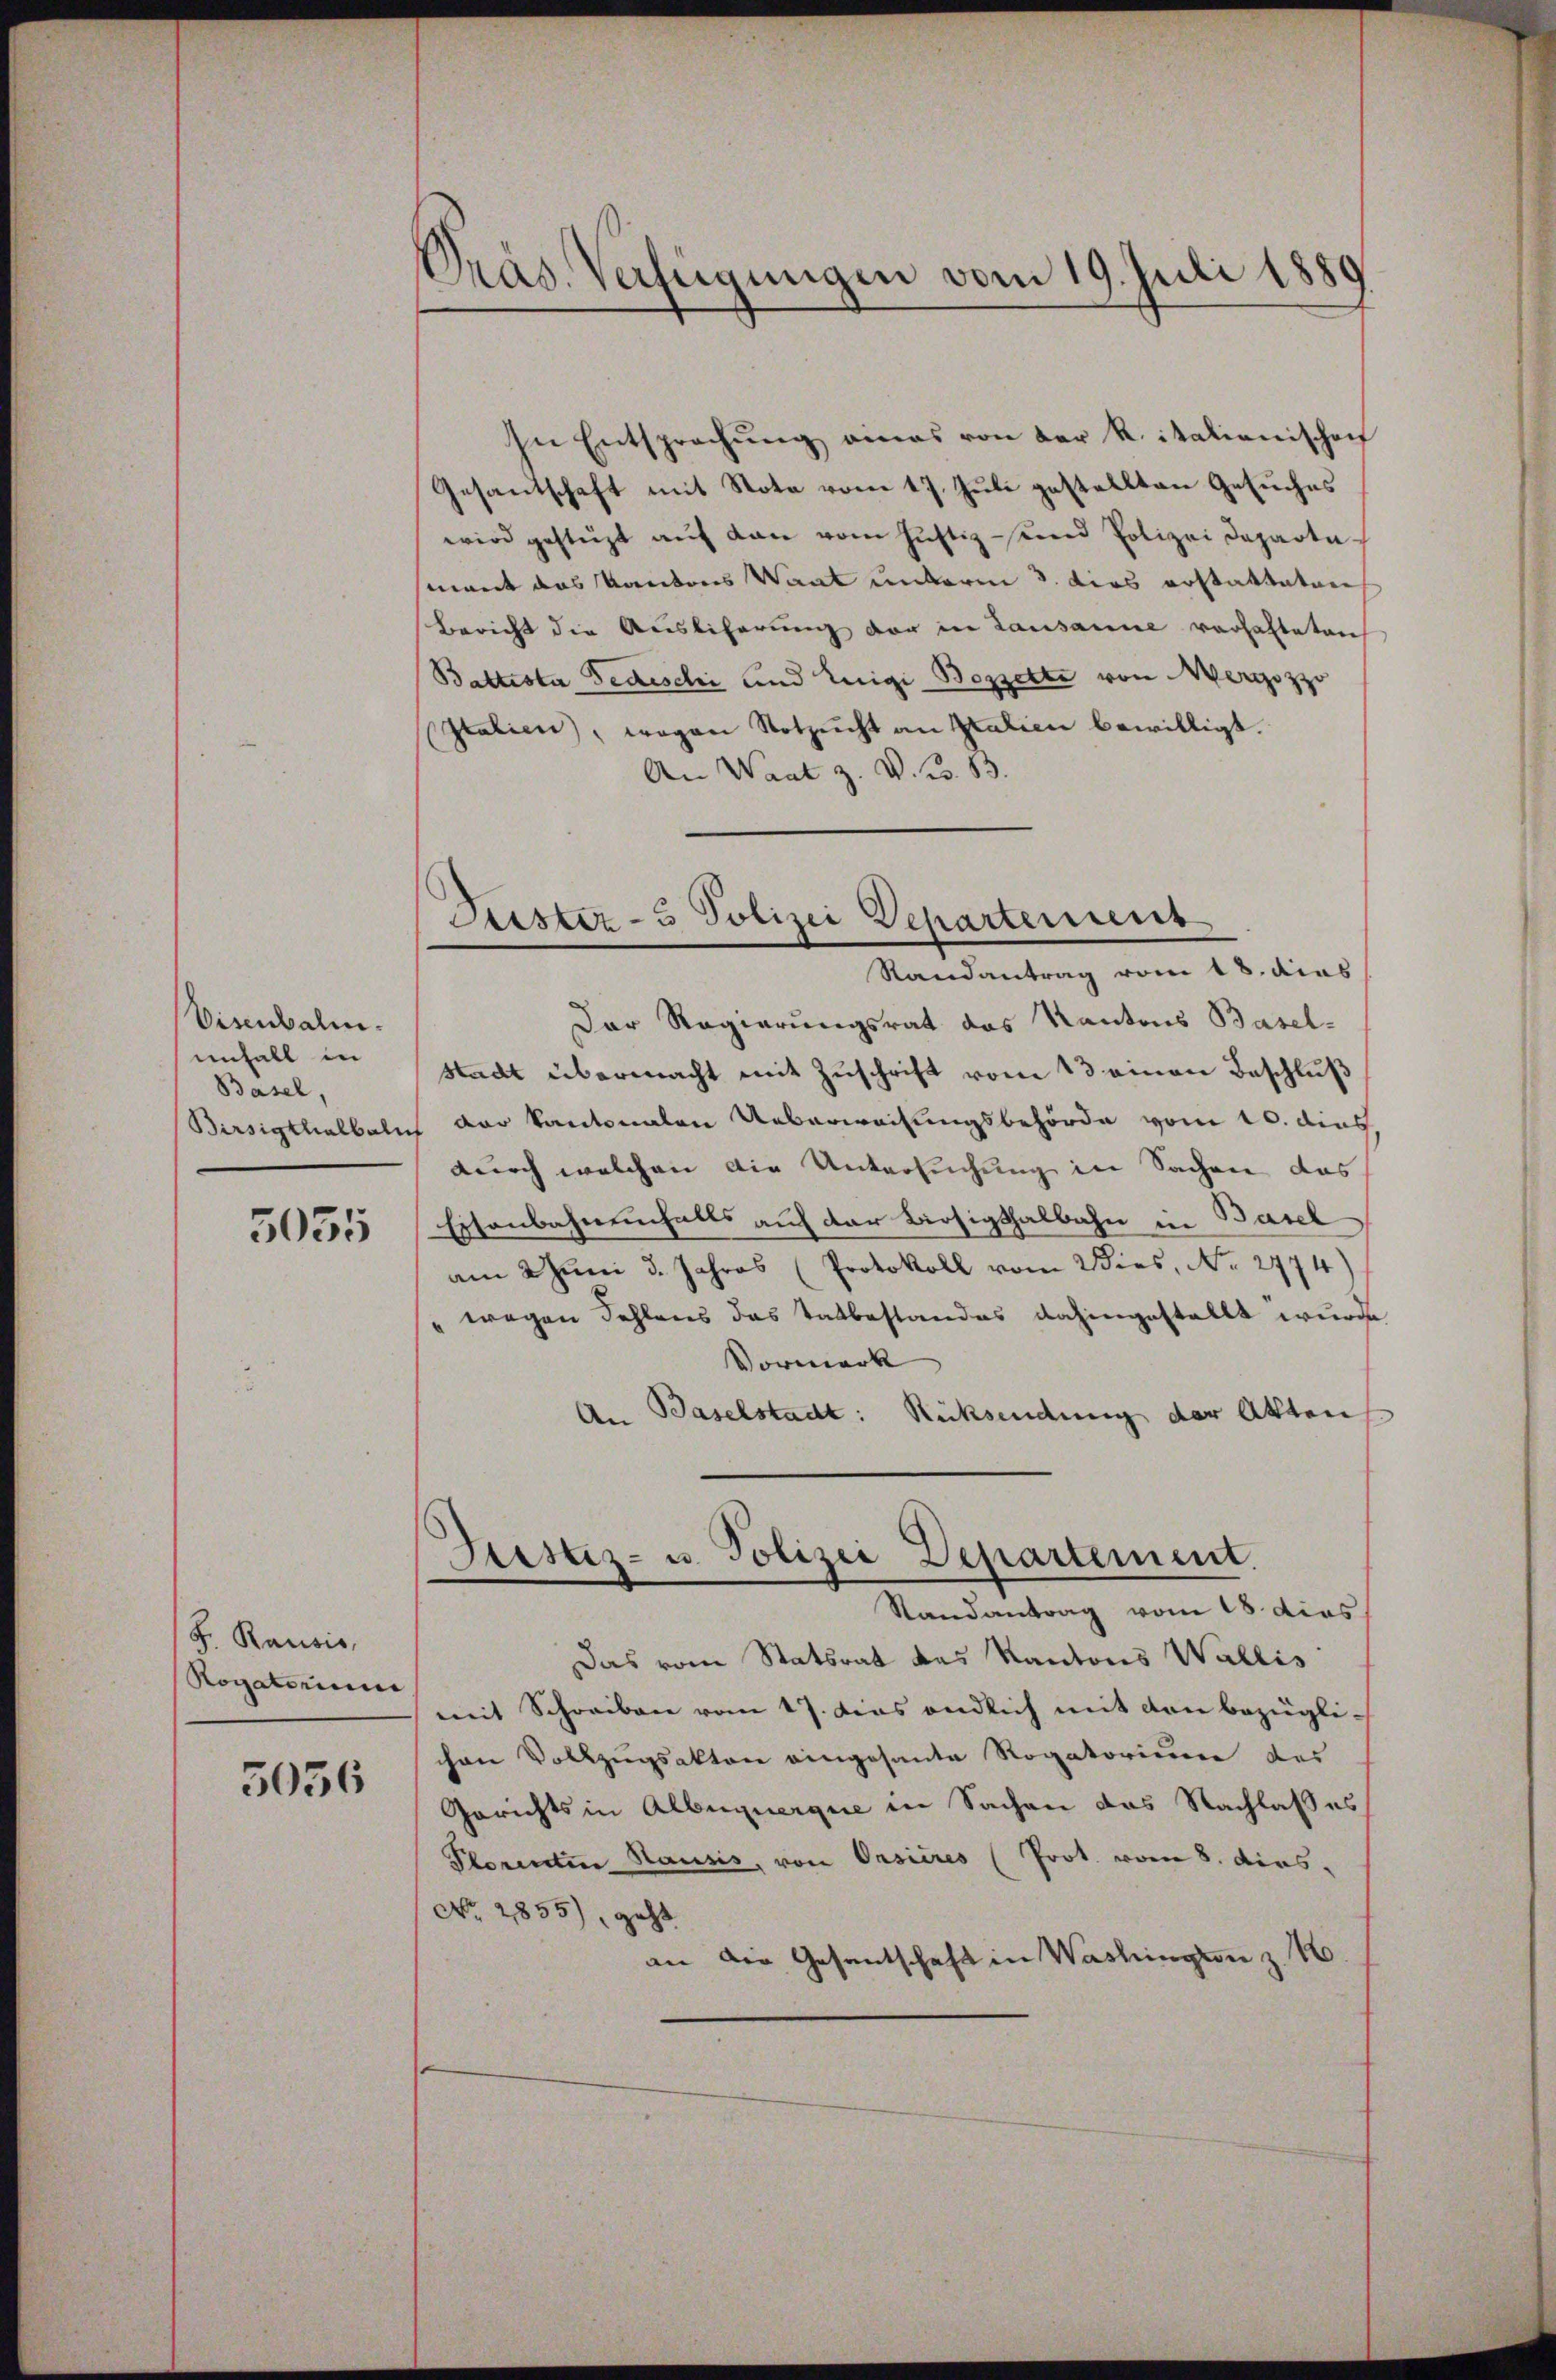
Visenbalm.
unfall in
Basel,

5035

F. Rausis,
Rogatorium

3036

Präs. Verfügungen vom 19. Juli 1889

In Entsprechŭng eines von der R. italienischen
Gesandschaft mit Note vom 17. Juli gestellten Gesuches
wird gestützt aŭf dan vom Justiz sind Polizei Departemont das Kantons Waat unterm 3. dies erstatteten
Bericht die Auslieferung der in Lausanne vorhalteten
Battesta Fedischi und Luigi Bozzette von Merozzo
Italien, wegen Notzucht an Statien bewilligt.
An Waat z. V. C. B.
Der Regierungsrat das Kantons Basel-
Stadt übermacht mit Zuschrift vom 13 einen Beschluß
Birsigthalbeln der Kantonalen Ueberweisungsbehörde vom 10. dies
durch welchen die Untersuchung in Sachen das
Eisenbahnenfalls auf der Bisigthalbahn in Basel
am Juni d. Jahres (Protokoll vom Wies, No. 2774)
(wegen Fehlens das Tatbestandes dahingestellt wurde
Vormerk
An Baselstadt: Rücksendung der Akten
Liestiz- u. Polizei Departement.
Randantrag vom 18. dies
Das vom Statsrat des Kantons Wallis
mit Schreiben vom 17. dies endlich mit den bezüglichen Vollzugsakten eingesante Rogatorieren des
Gerichts in Alberquerque in Sachen das Nachlaß es
Plorentin Hausis, von Orsieres (Prot. vom 8. dies
No. 2855), geht
an die Gesentschaft in Washington z. B.

Justiz- & Polizei Departement
Randantrag vom 18. dies